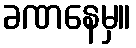
ခဏနေမှ။